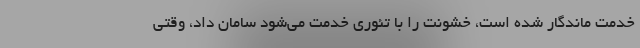
خدمت ماندگار شده است، خشونت را با تئوری خدمت می‌شود سامان داد، وقتی